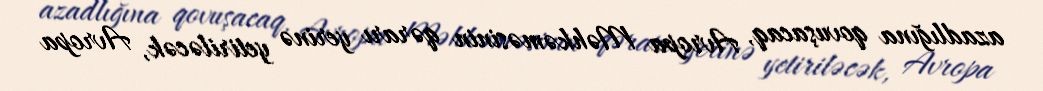
azadlığına qovuşacaq, Avropa Məhkəməsinin qərarı yerinə yetiriləcək, Avropa